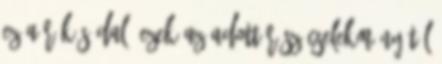
ez a rókás dal. Ezek az adott rész cselekményétől